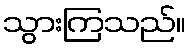
သွားကြသည်။